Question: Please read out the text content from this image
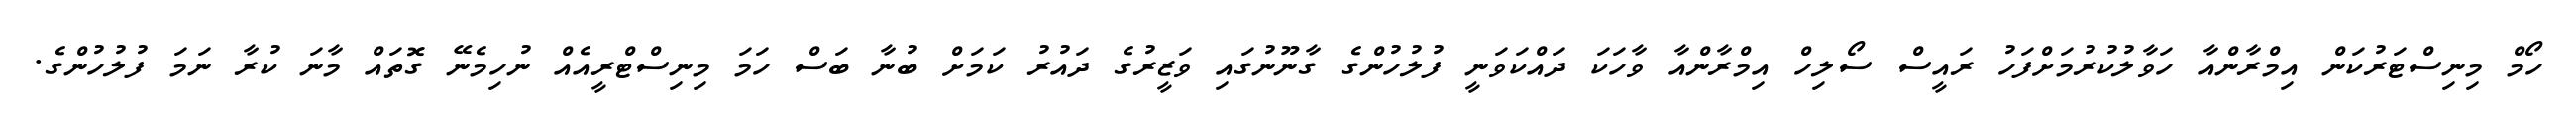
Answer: ހޯމް މިނިސްޓަރުކަން އިމްރާންއާ ހަވާލުކުރުމަށްފަހު ރައީސް ސޯލިހް އިމްރާންއާ ވާހަކަ ދައްކަވަނީ ފުލުހުންގެ ގާނޫނުގައި ވަޒީރުގެ ދައުރު ކަމަށް ބުނާ ބަސް ހަމަ މިނިސްޓްރީއެއް ނުހިމެނޭ ގޮތައް މާނަ ކުރާ ނަމަ ފުލުހުންގެ.